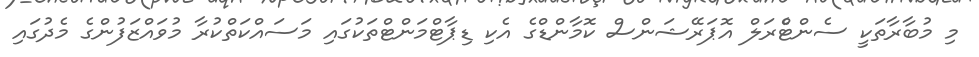
މި މުބާރާތަކީ ސެންޓްެރަލް އޮޕަރޭޝަންސް ކޮމާންޑްގެ އެކި ޑިޕާޓްމަންޓްތަކުގައި މަސައްކަތްކުރާ މުވައްޒަފުންގެ މެދުގައި